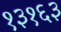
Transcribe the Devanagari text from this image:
१३१६३